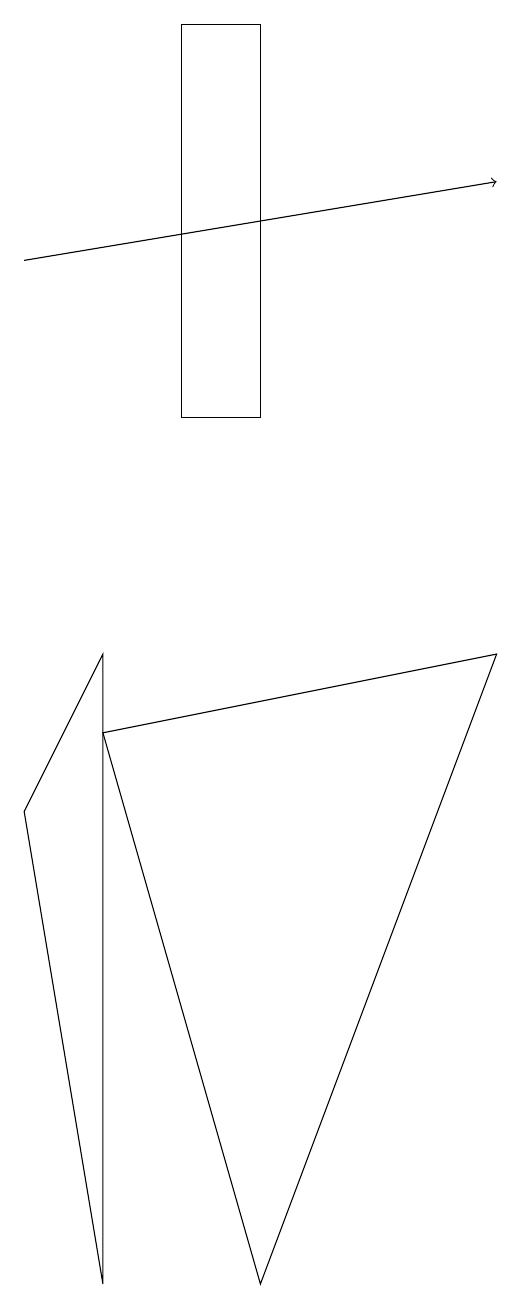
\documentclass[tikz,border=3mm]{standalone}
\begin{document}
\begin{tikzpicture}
\draw (9,9) -- (6,1) -- (4,8) -- cycle;
\draw (3,7) -- (4,1) -- (4,9) -- cycle;
\draw[->] (3,14) -- (9,15);
\draw (6,17) rectangle (5,12);
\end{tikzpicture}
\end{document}